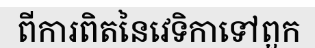
ពីការពិតនៃវេទិកាទៅពួក